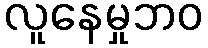
လူနေမှုဘဝ